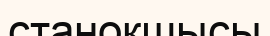
станокшысы